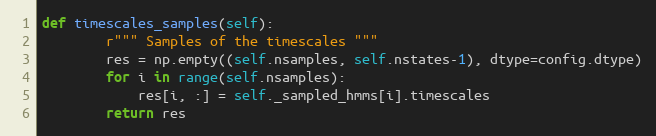
Language: Python
def timescales_samples(self):
        r""" Samples of the timescales """
        res = np.empty((self.nsamples, self.nstates-1), dtype=config.dtype)
        for i in range(self.nsamples):
            res[i, :] = self._sampled_hmms[i].timescales
        return res